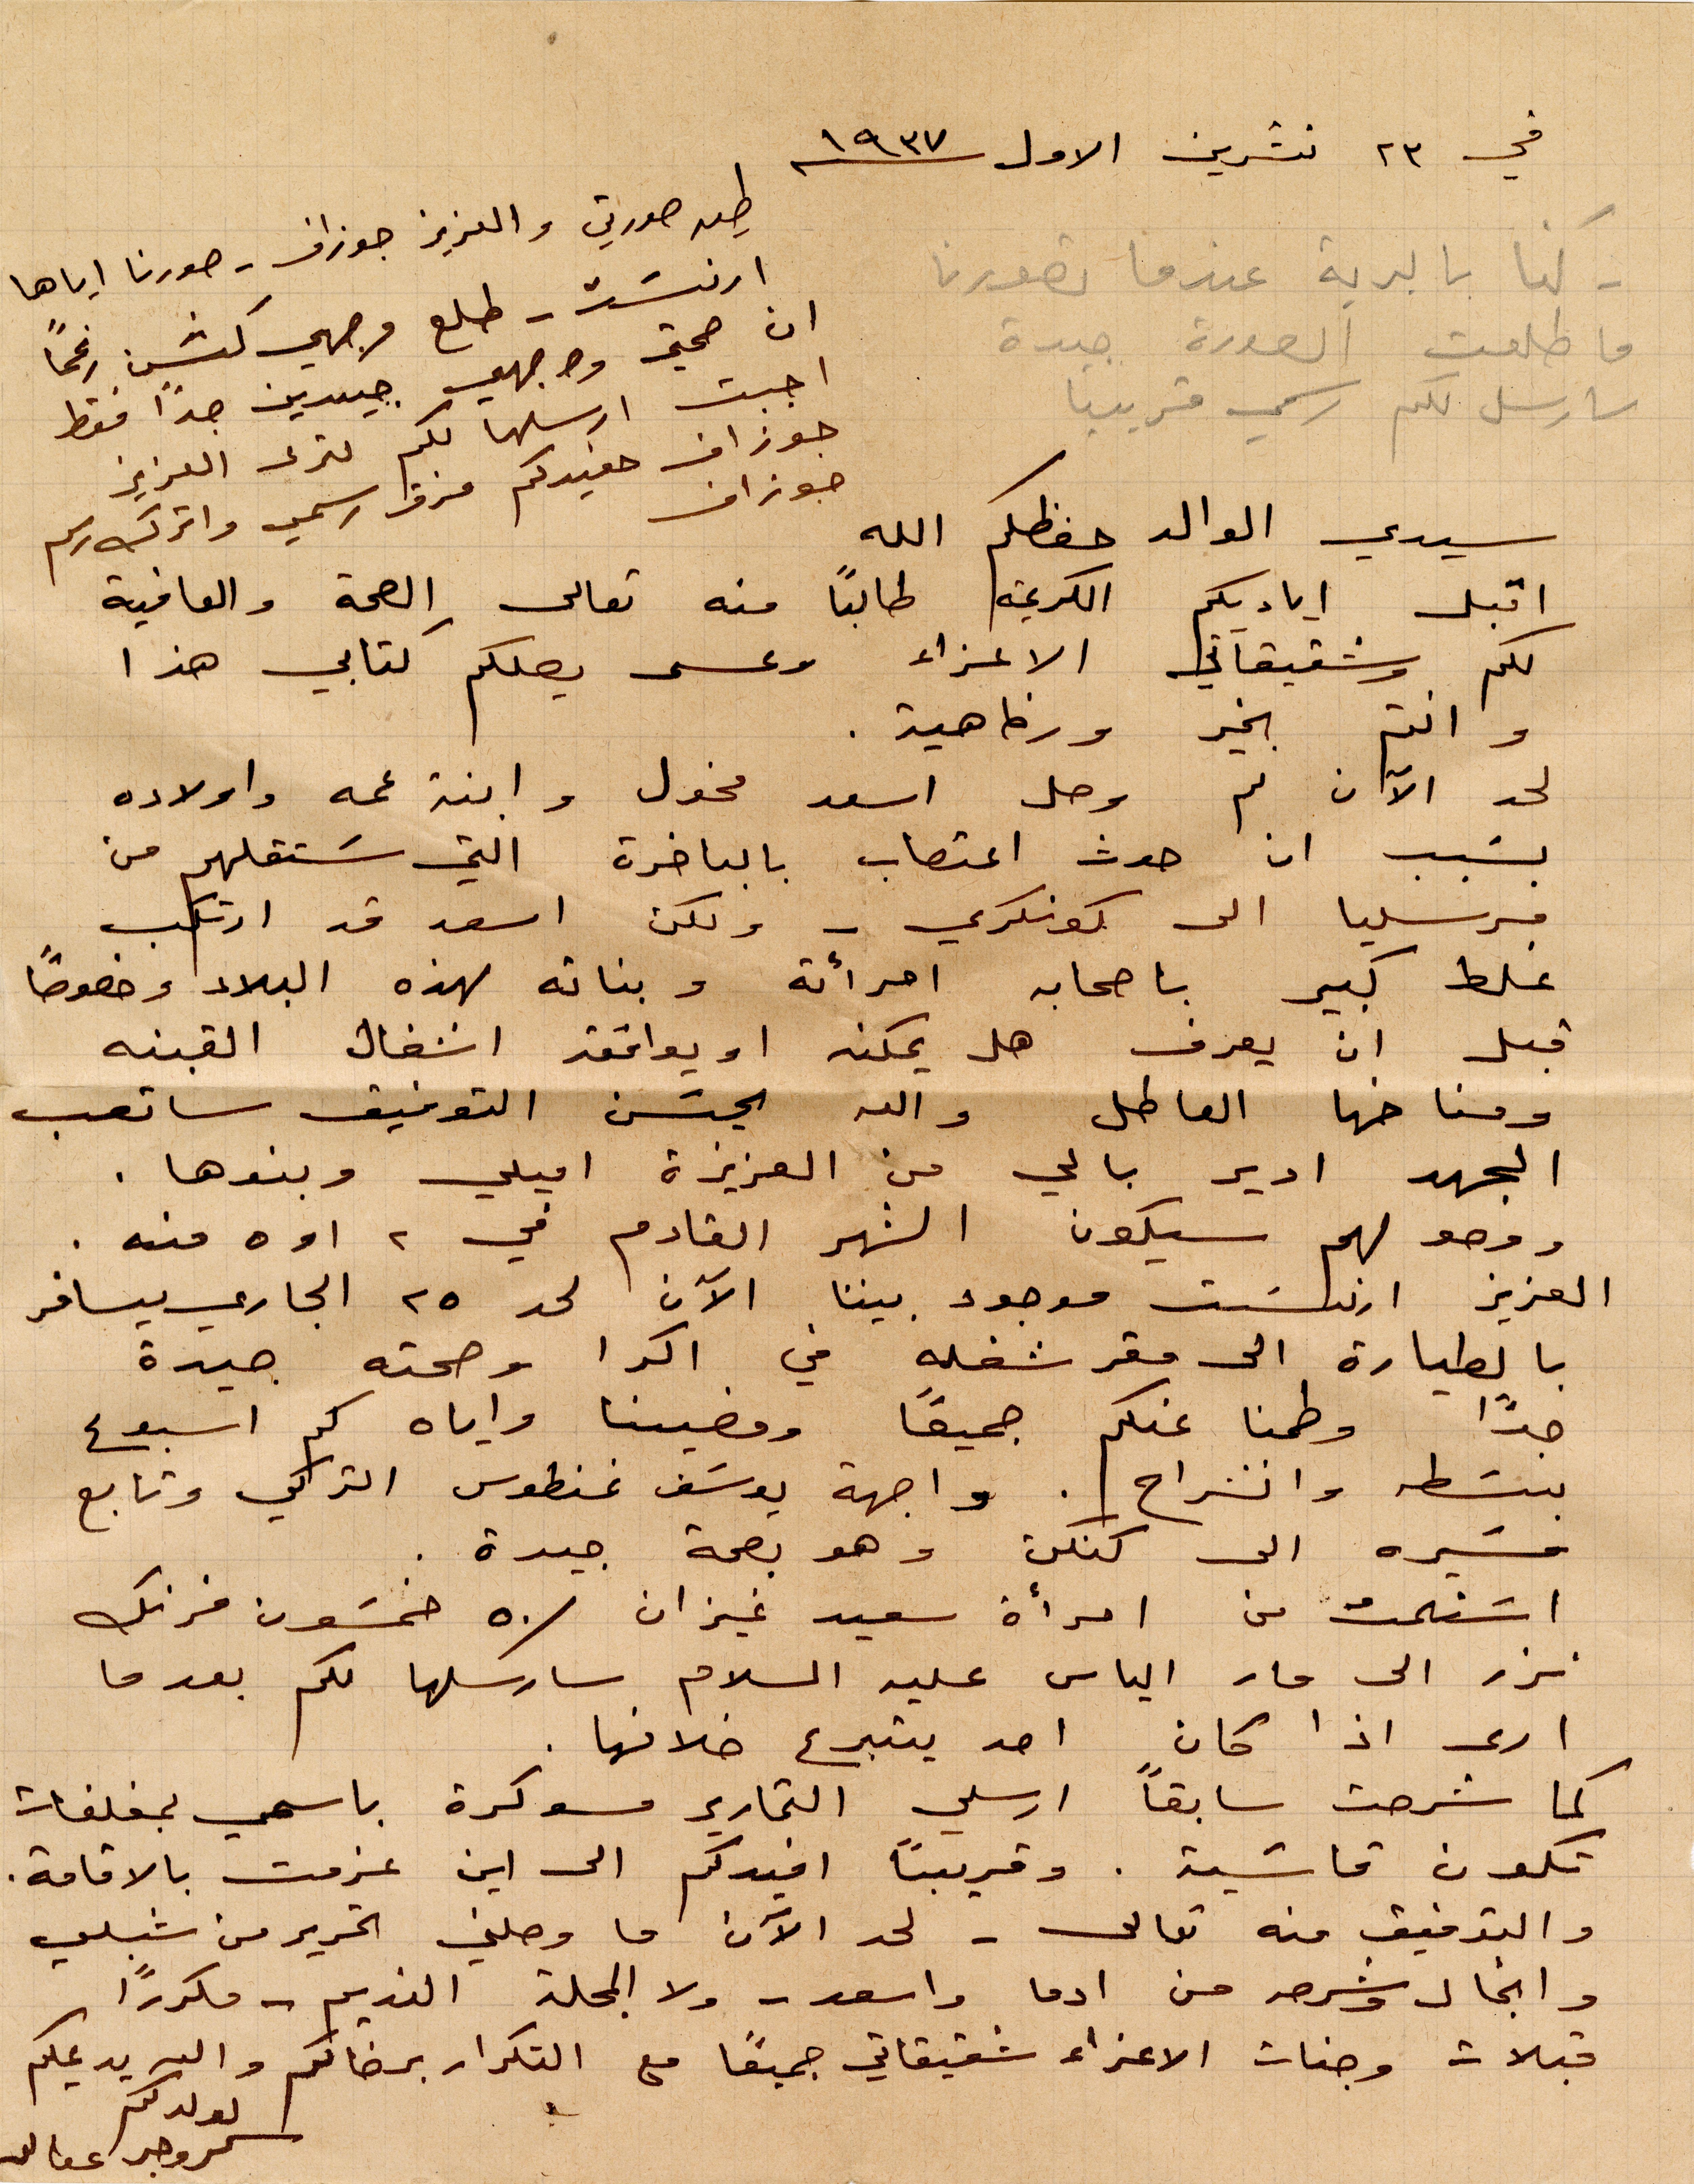
في ٢۳ تشرين الأول ١۹۳۷
طير صورتي والعزيز جوزاف - صورنا إياها
ارنست - طلع وجهي كشر رغمًا
ان صحتي ووجهي جيدين جدًا فقط
أحببت أرسلها لكك لترى العزيز
جوزاف حفيدكم مزقوا رسمي واترك رسم
جوزاف
سيدي الوالد حفظكم الله
اقبل اياديكم الكريمة طالبًا منه تعالى الصحة والعافية
لكم وشقيقاتي الأعزاء وعسى يصلكم كتابي هذا
وانتم بخير ورفاهية
لحد الآن لم وصل اسعد مخول وابنة عمه وأولاده
بسبب ان حدث اعتصاب بالباخرة التي ستقلهم من
مرسيليا الى كونكري - ولكن اسعد فد ارتكب
غلط كبير باصحاب امرأته وبناته لهذه البلاد وخصوصًا
قبل ان يعرف هل يمكنه او يوافقه اشغال القبنه
ومناخها العاطل والله يحسن التوفيق ساتعب
الجهد ادير بالي من العزيزة اميلي وبنوها.
ووصولهم سيكون الشهر القادر في ٢ او ٥ منه
العزيز ارنست موجود بيننا الآن لحد ٢٥ الجاري يسافر
بالطيارة الى مقر شغله في أكرا وصحته جيدة
جدًا وطمنا عنكم جميعًا ومضينا واياه كم أسبوع
ببسطه وانشراح. واجهة يوسف غنطوس التركي وتابع
مسيره الى كنكن وهو بصحة جيدة.
استملت من امرأة سعيد غيزان ٥٠ خمسون فرنك
نزر الى مار الياس عليه السلام سارسلها لكم بعدما
اري اذا كان احد يتبرع خلافها.
كما شرحت سابقًا ارسلي التحارير مسوكرة باسمي بمغلفات
تكون قاسية. وقريبًا افيدكم الى اين عزمت الإقامة
والتدفق منه تعالى - لحد الآن ما وصلني التحرير من شبلي
وانجال وشرحه من ادما واسعد - ولا المجلة النديم - مكررًا
قبلات وجنات الأعزاء شقيقاتي جميعًا مع التكرار برضاكم والله يديمكم